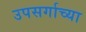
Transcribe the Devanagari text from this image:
उपसर्गाच्या